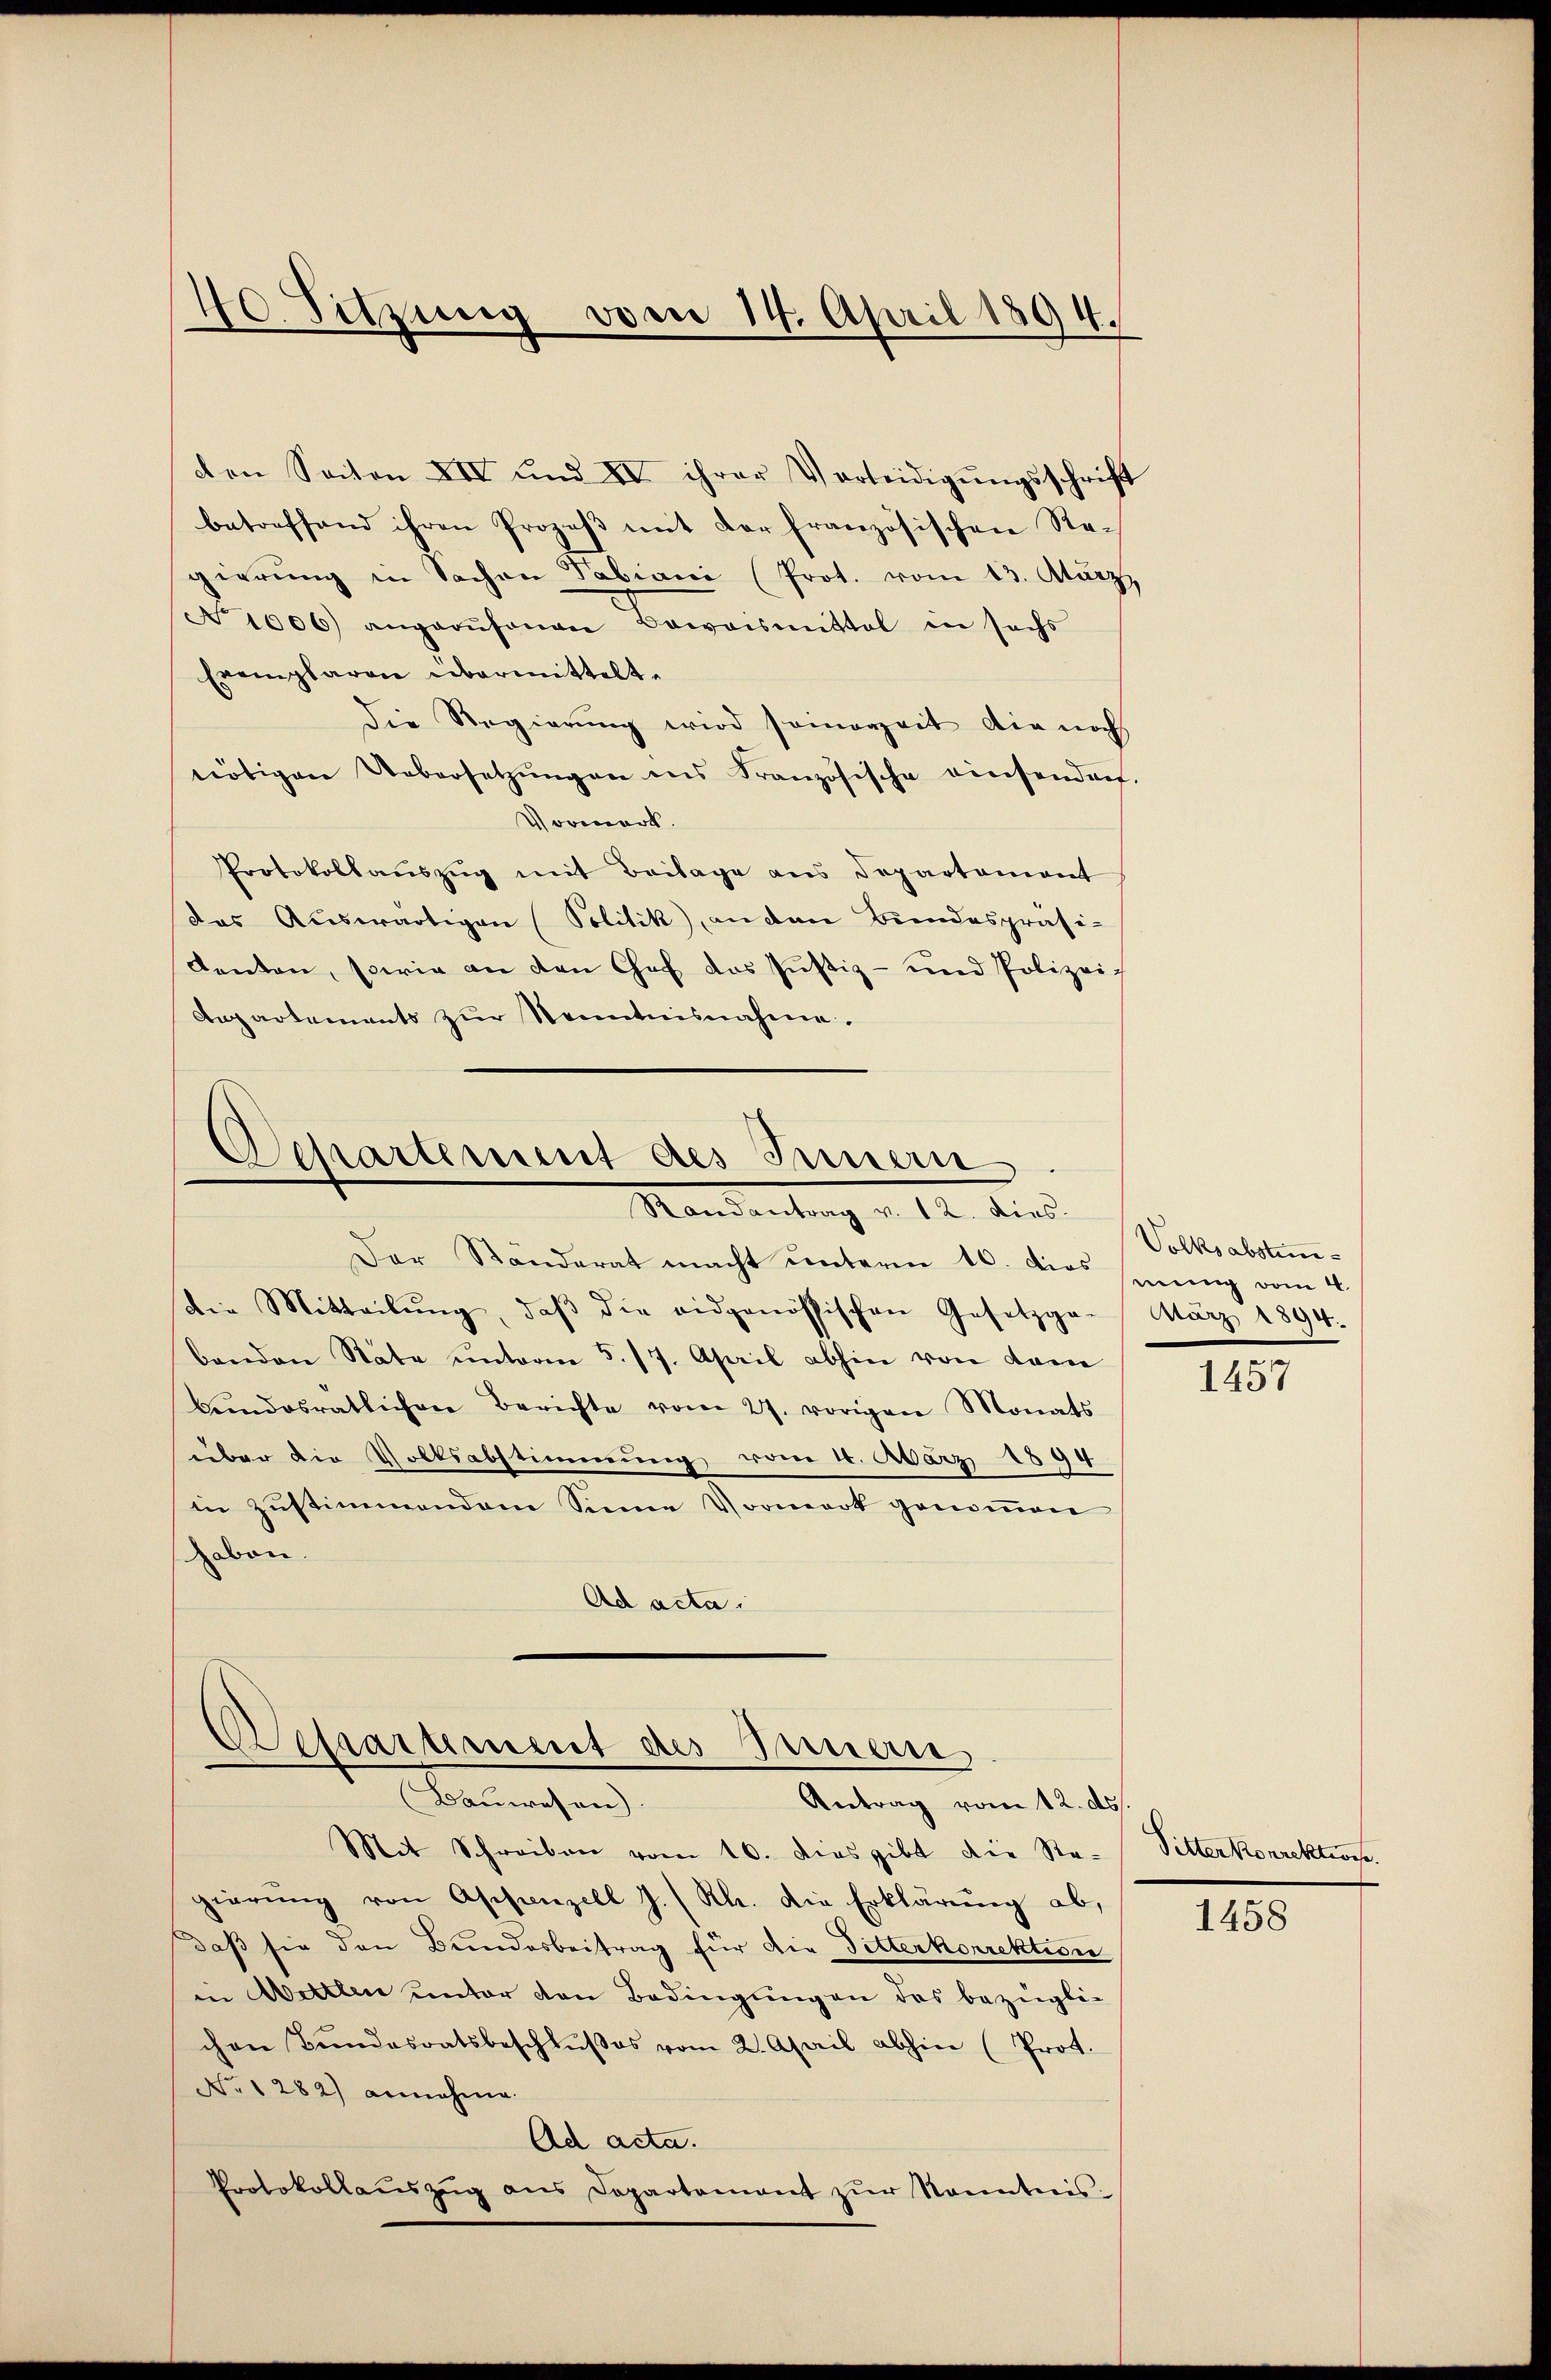
40. Sitzung vom 14. April 1894.

den Seiten XIV und IV ihrer Verleidigŭngsschrift
betreffend ihren Prozeβ mit der französischen Regierŭng in Sachen Tabiani (Prot. vom 13. Atärz
No 1006) angerŭfenen Beweismittel in sechs
Exemplaren übermittelt.
Die Regierŭng wird somorzeit die noch
nötigen Uebersetzŭngen ins Französische einsendorf.
Vormerk.
Protokollauszug mit Beilage aus Departement
das Auswärtigen (Politik), an den Bundespräsi-
denten, sowie an den Chef das Justiz- und Polizei¬
Aepartements zur Kenntnisnahme.

Separtement des Innern.
Mandantung v. 12. dies

Der Ständerat macht ŭnterm 10. dies  4
die Mitteilŭng, daβ die eidgenössischen Gesetzga
benden Räte unterm 5. 17. April abhin von dane
bŭndesratlichen Berichte vom 27. vorigen Monats
über die Volksabstimmung vom 4. März 1894
in zustimmendem Sinne Vormerk genoṁen
haben.
Ad acta.

Dessartement des Innen
Bauwesen)
Antrag vom 12. ds.

Mit Schreiben vom 10. dies gibt die Re-
gierŭng von Aschanzell J. (Rh. die Erklärung ab,
daß sie den Bundesbeitrag für die Pitterkorrektion
in Wettlen unter den Bedingŭngen des bezügli-
chen Bŭndesratsbeschlŭβes vom 2. April abhin (Prot.
No 1282) annehme.
Ad acta.
Protokollaŭszŭg ans Departement zŭr Kontreis¬

Volksabstim¬
März 1894.

1457

Sitter Korrektions

1458